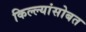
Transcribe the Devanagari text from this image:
किल्ल्यांसोबत